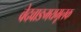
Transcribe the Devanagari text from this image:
वेदवाङमयमूलक